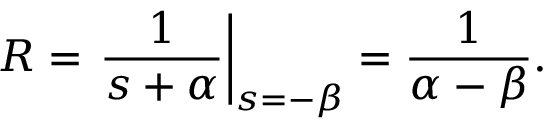
R = \left. { \frac { 1 } { s + \alpha } } \right| _ { s = - \beta } = { \frac { 1 } { \alpha - \beta } } .